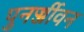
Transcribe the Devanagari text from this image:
पुनर्ज्जीवन